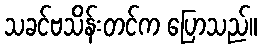
သခင်ဗသိန်းတင်က ပြောသည်။